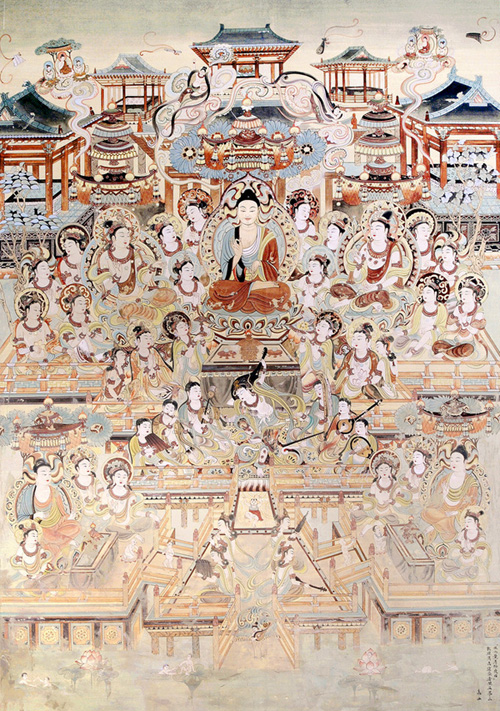
乐者，所以道乐也，金石丝竹，所以道德也乐行而民乡方矣。